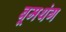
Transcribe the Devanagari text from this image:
बूमथंग